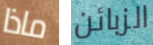
ماذا الزبائن